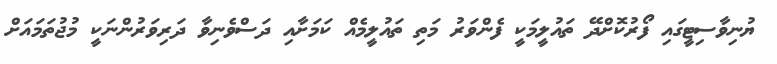
ޔުނިވާސިޓީގައި ފޯރުކޮށްދޭ ތައުލީމަކީ ފެންވަރު މަތި ތައުލީމެއް ކަމަށާއި ދަސްވެނިވާ ދަރިވަރުންނަކީ މުޖުތަމައަށް